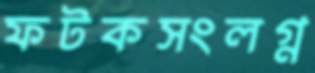
ফটকসংলগ্ন